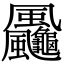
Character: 𩙠